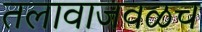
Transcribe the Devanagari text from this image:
तलावाजवळच